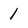
Character: 1